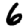
Digit: 6